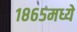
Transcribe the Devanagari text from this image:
१८६५मध्ये